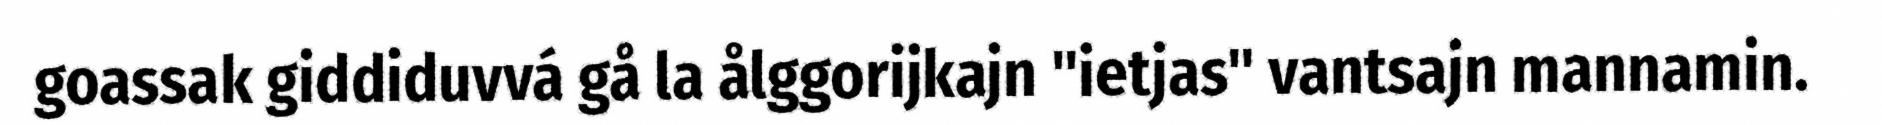
goassak giddiduvvá gå la ålggorijkajn "ietjas" vantsajn mannamin.